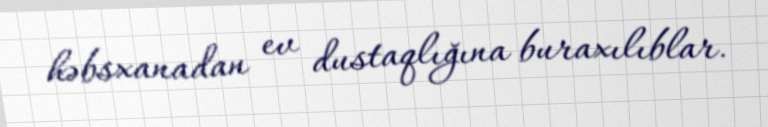
həbsxanadan ev dustaqlığına buraxılıblar.